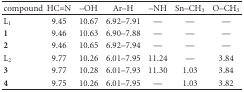
<table><thead><tr><td><b>compound</b></td><td><b>HC=N</b></td><td><b>–OH</b></td><td><b>Ar–H</b></td><td><b>–NH</b></td><td><b>Sn–CH<sub>3</sub></b></td><td><b>O–CH<sub>3</sub></b></td></tr></thead><tbody><tr><td>L<sub>1</sub></td><td>9.45</td><td>10.67</td><td>6.92–7.91</td><td>—</td><td>—</td><td>—</td></tr><tr><td><b>1</b></td><td>9.46</td><td>10.63</td><td>6.90–7.88</td><td>—</td><td>—</td><td>—</td></tr><tr><td><b>2</b></td><td>9.46</td><td>10.65</td><td>6.92–7.94</td><td>—</td><td>—</td><td>—</td></tr><tr><td>L<sub>2</sub></td><td>9.77</td><td>10.26</td><td>6.01–7.95</td><td>11.24</td><td>—</td><td>3.84</td></tr><tr><td><b>3</b></td><td>9.77</td><td>10.28</td><td>6.01–7.93</td><td>11.30</td><td>1.03</td><td>3.84</td></tr><tr><td><b>4</b></td><td>9.75</td><td>10.26</td><td>6.01–7.95</td><td>—</td><td>1.03</td><td>3.82</td></tr></tbody></table>